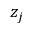
z _ { j }